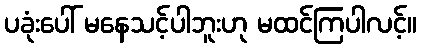
ပခုံးပေါ် မနေသင့်ပါဘူးဟု မထင်ကြပါလင့်။